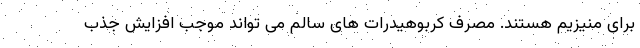
برای منیزیم هستند. مصرف کربوهیدرات های سالم می تواند موجب افزایش جذب